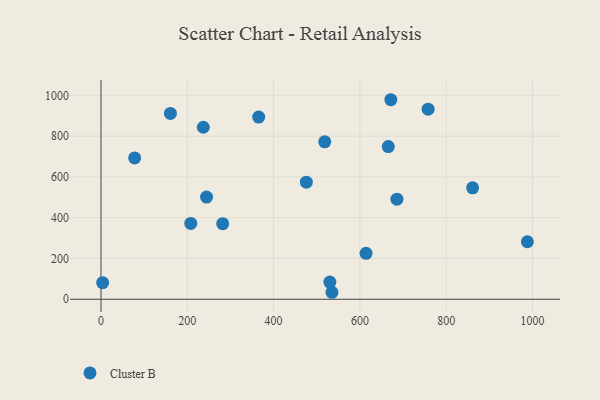
{"axis": {"x": "Engine Size", "y": "Salary"}, "legend": ["Cluster B"], "data": [{"x": "208.1", "y": 371.8, "type": "Cluster B"}, {"x": "244.6", "y": 501.1, "type": "Cluster B"}, {"x": "988.0", "y": 281.9, "type": "Cluster B"}, {"x": "160.9", "y": 911.1, "type": "Cluster B"}, {"x": "535.2", "y": 34.2, "type": "Cluster B"}, {"x": "685.7", "y": 490.7, "type": "Cluster B"}, {"x": "78.0", "y": 693.2, "type": "Cluster B"}, {"x": "518.5", "y": 772.1, "type": "Cluster B"}, {"x": "758.0", "y": 932.2, "type": "Cluster B"}, {"x": "665.7", "y": 748.6, "type": "Cluster B"}, {"x": "282.0", "y": 370.4, "type": "Cluster B"}, {"x": "3.8", "y": 81.5, "type": "Cluster B"}, {"x": "861.1", "y": 546.3, "type": "Cluster B"}, {"x": "530.3", "y": 84.1, "type": "Cluster B"}, {"x": "365.4", "y": 893.2, "type": "Cluster B"}, {"x": "237.1", "y": 843.5, "type": "Cluster B"}, {"x": "671.7", "y": 978.5, "type": "Cluster B"}, {"x": "614.2", "y": 225.3, "type": "Cluster B"}, {"x": "475.8", "y": 574.1, "type": "Cluster B"}]}